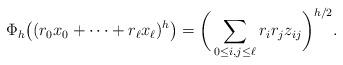
LaTeX: \begin{align*}\Phi_h\big( (r_0 x_0+\cdots+r_\ell x_\ell)^h \big) = \bigg( \sum_{0\le i, j\le \ell} r_i r_j z_{ij} \bigg)^{h/2}.\end{align*}